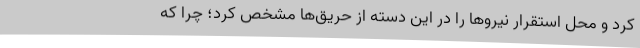
کرد و محل استقرار نیروها را در این دسته از حریق‌ها مشخص کرد؛ چرا که